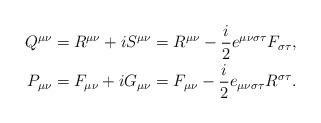
LaTeX: \begin{align*}Q^{\mu\nu} & =R^{\mu\nu}+iS^{\mu\nu}=R^{\mu\nu}-\frac{i}{2}e^{\mu\nu\sigma\tau}F_{\sigma\tau},\\P_{\mu\nu} & =F_{\mu\nu}+iG_{\mu\nu}=F_{\mu\nu}-\frac{i}{2}e_{\mu\nu\sigma\tau}R^{\sigma\tau}. \end{align*}